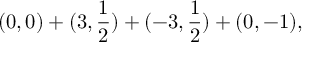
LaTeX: ( 0 , 0 ) + ( 3 , \frac { 1 } { 2 } ) + ( - 3 , \frac { 1 } { 2 } ) + ( 0 , - 1 ) ,